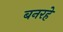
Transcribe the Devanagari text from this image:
बनरहे